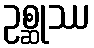
ဥစ္ဆုဿ